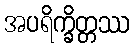
အပရိက္ခိတ္တဿ